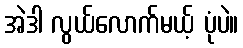
အဲဒါ လွယ်လောက်မယ့် ပုံပဲ။